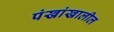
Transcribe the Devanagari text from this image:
पंखांखालील